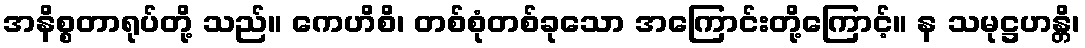
အနိစ္စတာရုပ်တို့ သည်။ ကေဟိစိ၊ တစ်စုံတစ်ခုသော အကြောင်းတို့ကြောင့်။ န သမုဋ္ဌဟန္တိ၊